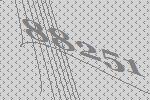
88251